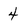
Character: 4